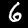
Label: 6